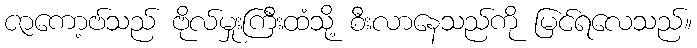
ဇာကော့ဗ်သည် ဗိုလ်မှုးကြီးထံသို့ စီးလာနေသည်ကို မြင်ရလေသည်။